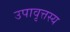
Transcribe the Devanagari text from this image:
उपावृत्तस्य